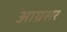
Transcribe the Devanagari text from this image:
आग्रसर